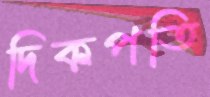
দিকপতি